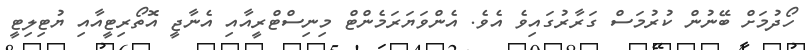
ހޯދުމަށް ބޭނުން ކުރުމަސް ގަރާރުގައިވެ އެވެ. އެންވަޔަރަމެންޓް މިނިސްޓްރީއާއި އެނާޖީ އޮތޯރިޓީއާއި ޔުޓިލިޓީ